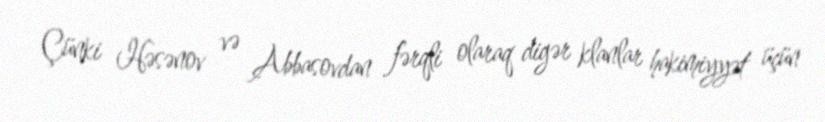
Çünki Həsənov və Abbasovdan fərqli olaraq digər klanlar hakimiyyət üçün